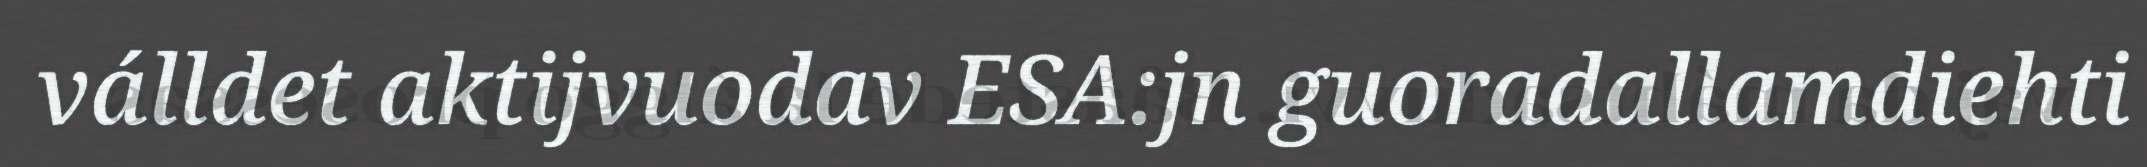
válldet aktijvuodav ESA:jn guoradallamdiehti